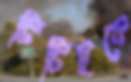
টিটিইকে